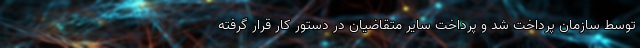
توسط سازمان پرداخت شد و پرداخت سایر متقاضیان در دستور کار قرار گرفته